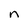
Character: n